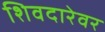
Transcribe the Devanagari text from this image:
शिवदारेवर